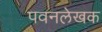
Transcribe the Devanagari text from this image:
पवनलेखक